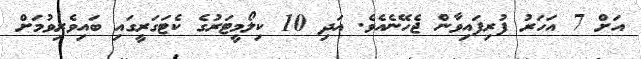
އަށް 7 އަހަރު ފުރިފައިވާން ޖެހޭނެއެވެ. އަދި 10 ކިލޯމީޓަރުގެ ކެޓަގަރީގައި ބައިވެރިވުމަށް